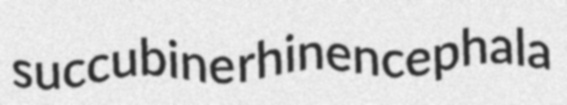
succubine rhinencephala